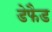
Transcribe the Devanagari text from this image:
डेफैड